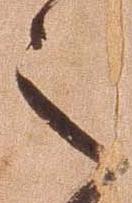
之